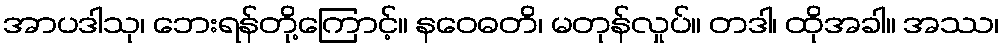
အာပဒါသု၊ ဘေးရန်တို့ကြောင့်။ နဝေဓတိ၊ မတုန်လှုပ်။ တဒါ၊ ထိုအခါ။ အဿ၊